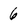
Character: 6